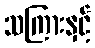
သကြားနှင့်